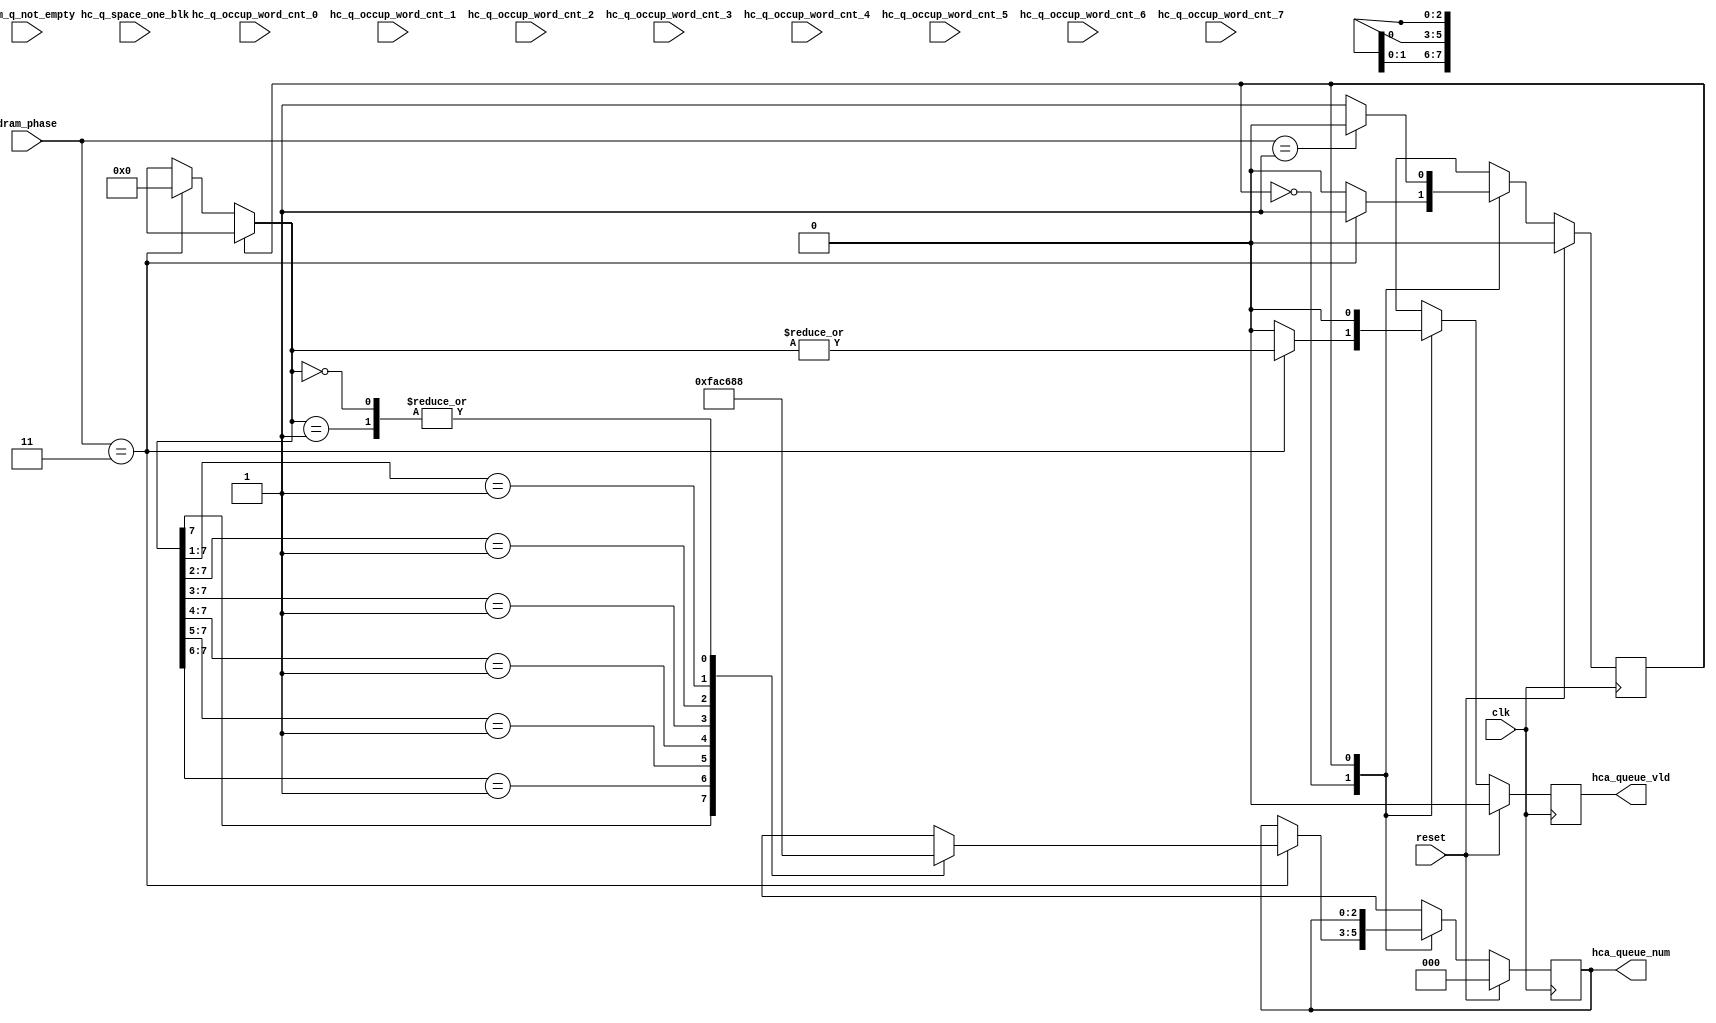

module head_cache_arb
    #(parameter DATA_WIDTH = 64,
      parameter CTRL_WIDTH=DATA_WIDTH/8,
      parameter NUM_OUTPUT_QUEUES = 8
      )
  (
   // --- intfc to head cache
   input [10:0] hc_q_occup_word_cnt_0, //unit is 18-byte. count up to 1024.
   input [10:0] hc_q_occup_word_cnt_1,
   input [10:0] hc_q_occup_word_cnt_2,
   input [10:0] hc_q_occup_word_cnt_3,
   input [10:0] hc_q_occup_word_cnt_4,
   input [10:0] hc_q_occup_word_cnt_5,
   input [10:0] hc_q_occup_word_cnt_6,
   input [10:0] hc_q_occup_word_cnt_7,

   input [NUM_OUTPUT_QUEUES-1:0] hc_q_space_one_blk,

   output reg [2:0] hca_queue_num,
   output reg hca_queue_vld,

   // ---- intfc to DRAM
   input [NUM_OUTPUT_QUEUES-1:0] dram_q_not_empty,

   // --- phase info
   input [1:0] dram_phase,

   // ---- misc
   input clk,
   input reset

   );

   localparam IDLE_STATE = 0,
	      DRAM_RD_STATE = 1;

   reg 	      state, state_nxt;
   reg [NUM_OUTPUT_QUEUES-1:0] hca_que_one_hot, hca_que_one_hot_nxt;
   reg [NUM_OUTPUT_QUEUES-1:0] elig_vec;
   reg 			       hca_queue_vld_nxt;
   reg [2:0] 		       hca_queue_num_nxt;


   //--------------------------------------------------
   //dram_phase      Meaning
   //    2'b 00       time slot for DRAM initialization
   //    2'b 01       time slot for DRAM refresh
   //    2'b 10       time slot for DRAM write. Time for data transfer from BRAM to DRAM
   //    2'b 11       time slot for DRAM read.  Time for data transfer from DRAM to BRAM
   //
   // dram time slot will cycle through 3 phases: DRAM refresh, DRAM write, DRAM read,
   // and repeat that sequence.

   always @(*) begin

      state_nxt = state;
      hca_que_one_hot_nxt = hca_que_one_hot;
      hca_queue_vld_nxt = 1'b 0;
      hca_queue_num_nxt = hca_queue_num;

      elig_vec = 'h 0;

      case (state)
	IDLE_STATE:
	  if (dram_phase == 2'b 11) begin
	     //DRAM read phase
	     elig_vec = dram_q_not_empty & hc_q_space_one_blk;

	     hca_que_one_hot_nxt = func_sel_least(elig_vec,
						  hc_q_occup_word_cnt_0,
						  hc_q_occup_word_cnt_1,
						  hc_q_occup_word_cnt_2,
						  hc_q_occup_word_cnt_3,
						  hc_q_occup_word_cnt_4,
						  hc_q_occup_word_cnt_5,
						  hc_q_occup_word_cnt_6,
						  hc_q_occup_word_cnt_7
						  );

	     hca_queue_vld_nxt = | hca_que_one_hot_nxt;
	     hca_queue_num_nxt = func_encode(hca_que_one_hot_nxt);

	     state_nxt = DRAM_RD_STATE;
	  end // if (dram_phase == 2'b 11)

	DRAM_RD_STATE:
	   if (dram_phase == 2'b 01) begin
	      // refresh phase
	      hca_que_one_hot_nxt = 'h 0;
	      state_nxt = IDLE_STATE;
	   end

      endcase // case(state)

   end // always @ (*)

   always @(posedge clk) begin
      if (reset) begin
	 state           <= IDLE_STATE;
	 hca_que_one_hot <= 'h 0;
	 hca_queue_vld   <= 1'h 0;
	 hca_queue_num   <= 'h 0;

      end
      else begin
	 state           <= state_nxt;
	 hca_que_one_hot <= hca_que_one_hot_nxt;
	 hca_queue_vld   <= hca_queue_vld_nxt;
	 hca_queue_num   <= hca_queue_num_nxt;

      end
   end

   // select the less from two numbers
   function [NUM_OUTPUT_QUEUES+1:0] func_sel_less;
      input [1:0] elig_pair;
      input [10:0] cnt1, cnt0;

      reg vld, winner;
      reg [10:0] cnt;

      begin
      	 vld = elig_pair[0] | elig_pair[1];

	 case (elig_pair[1:0])
	   2'b 00: begin
	      winner = 0;
	      cnt = 11'h 0;
	   end

	   2'b 01: begin
	      winner = 0;
	      cnt = cnt0;
	   end

	   2'b 10: begin
	      winner = 1;
	      cnt = cnt1;
	   end

	   2'b 11: begin
	      if (cnt0 >= cnt1) begin
		 winner = 1;
		 cnt = cnt1;

	      end
	      else begin
		 winner = 0;
		 cnt = cnt0;

	      end

	   end // case: 2'b 11

	 endcase // case(elig_pair[1:0])

	 func_sel_less = {vld, winner, cnt};

      end

   endfunction // func_sel_less



   // select the least from all queue counts
   function [NUM_OUTPUT_QUEUES-1:0] func_sel_least;
      input [NUM_OUTPUT_QUEUES-1:0] elig_vec;
      input [10:0] tc_q_occup_word_cnt_0; //unit is 18-byte. count up to 1024.
      input [10:0] tc_q_occup_word_cnt_1;
      input [10:0] tc_q_occup_word_cnt_2;
      input [10:0] tc_q_occup_word_cnt_3;
      input [10:0] tc_q_occup_word_cnt_4;
      input [10:0] tc_q_occup_word_cnt_5;
      input [10:0] tc_q_occup_word_cnt_6;
      input [10:0] tc_q_occup_word_cnt_7;

      reg [12:0] res00, res01, res02, res03;
      reg vld00, vld01, vld02, vld03;
      reg winner00, winner01, winner02, winner03;
      reg [10:0] cnt00, cnt01, cnt02, cnt03;

      reg [12:0] res10, res11;
      reg vld10, vld11;
      reg winner10, winner11;
      reg [10:0] cnt10, cnt11;

      reg [12:0] res20;
      reg vld20, winner20;

      reg [2:0] winner;

      begin

	 // ---- layer 0
	 res00 = func_sel_less(elig_vec[1:0],
			       tc_q_occup_word_cnt_1,
			       tc_q_occup_word_cnt_0
			       );
	 vld00    = res00[12];
	 winner00 = res00[11];
	 cnt00    = res00[10:0];


	 res01 = func_sel_less(elig_vec[3:2],
			       tc_q_occup_word_cnt_3,
			       tc_q_occup_word_cnt_2
			       );
	 vld01    = res01[12];
	 winner01 = res01[11];
	 cnt01    = res01[10:0];


	 res02 = func_sel_less(elig_vec[5:4],
			       tc_q_occup_word_cnt_5,
			       tc_q_occup_word_cnt_4
			       );
	 vld02    = res02[12];
	 winner02 = res02[11];
	 cnt02    = res02[10:0];


	 res03 = func_sel_less(elig_vec[7:6],
			       tc_q_occup_word_cnt_7,
			       tc_q_occup_word_cnt_6
			       );
	 vld03    = res03[12];
	 winner03 = res03[11];
	 cnt03    = res03[10:0];


	 // ---- layer 1
	 res10 = func_sel_less({vld01, vld00},
			       cnt01,
			       cnt00
			       );
	 vld10    = res10[12];
	 winner10 = res10[11];
	 cnt10    = res10[10:0];

	 res11 = func_sel_less({vld03, vld02},
			       cnt03,
			       cnt02
			       );
	 vld11    = res11[12];
	 winner11 = res11[11];
	 cnt11    = res11[10:0];

	 // ---- layer 2
	 res20 = func_sel_less({vld11, vld10},
			       cnt11,
			       cnt10
			       );
	 vld20    = res20[12];
	 winner20 = res20[11];

	 // --- gen func return value
	 if (~ vld20)
	   func_sel_least = 'h 0;

	 else begin
	    winner[2] = winner20;

	    if (~ winner[2])
	      winner[1] = winner10;
	    else
	      winner[1] = winner11;

	    case (winner[2:1])
	      2'b 00: winner[0] = winner00;
	      2'b 01: winner[0] = winner01;
	      2'b 10: winner[0] = winner02;
	      2'b 11: winner[0] = winner03;
	    endcase // case(winner[2:1])

	    case (winner[2:0])
	      3'h 7: func_sel_least = 8'h 80;
	      3'h 6: func_sel_least = 8'h 40;
	      3'h 5: func_sel_least = 8'h 20;
	      3'h 4: func_sel_least = 8'h 10;
	      3'h 3: func_sel_least = 8'h 08;
	      3'h 2: func_sel_least = 8'h 04;
	      3'h 1: func_sel_least = 8'h 02;
	      3'h 0: func_sel_least = 8'h 01;
	    endcase // case(winner[2:0])

	 end // else: !if(~ vld20)

      end

   endfunction // func_sel_least


   function [2:0] func_encode;
      input [NUM_OUTPUT_QUEUES-1:0] one_hot;

      begin
	 casez (one_hot)
	   8'b 1???_????: func_encode = 3'h 7;
	   8'b 01??_????: func_encode = 3'h 6;
	   8'b 001?_????: func_encode = 3'h 5;
	   8'b 0001_????: func_encode = 3'h 4;
	   8'b 0000_1???: func_encode = 3'h 3;
	   8'b 0000_01??: func_encode = 3'h 2;
	   8'b 0000_001?: func_encode = 3'h 1;
	   8'b 0000_0001: func_encode = 3'h 0;
	   8'b 0000_0000: func_encode = 3'h 0;
	 endcase // casez(one_hot)

      end
   endfunction // func_encode

endmodule // head_cache_arb